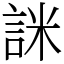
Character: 詸